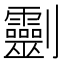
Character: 𠠱